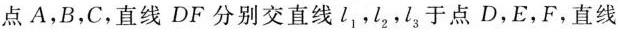
点A，B，C，直线DF分别交直线l_{1}，l_{2}，l_{3}于点D，E，F，直线